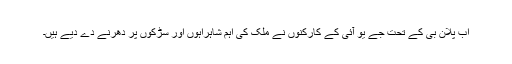
اب پلان بی کے تحت جے یو آئی کے کارکنوں نے ملک کی اہم شاہراہوں اور سڑکوں پر دھرنے دے دیے ہیں۔